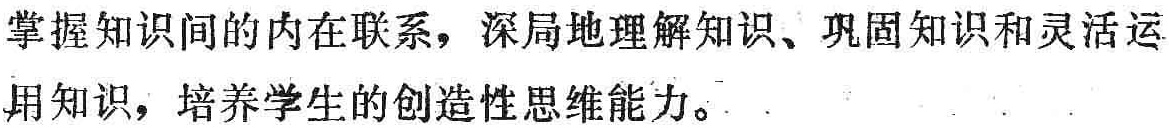
掌握知识间的内在联系，深局地理解知识、巩固知识和灵活运用知识，培养学生的创造性思维能力。